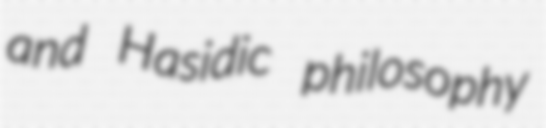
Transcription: and Hasidic philosophy